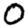
Digit: 0